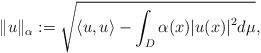
LaTeX: \begin{align*}\|u\|_{\alpha}:=\sqrt{\displaystyle \langle u,u \rangle -\int_D{\alpha(x)}|u(x)|^{2}d\mu},\end{align*}